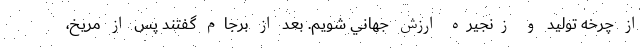
از چرخه توليد و زنجيره ارزش جهاني شويم. بعد از برجام گفتند پس از مريخ،